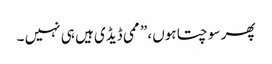
پھر سوچتا ہوں ،” ممی ڈیڈی ہیں ہی نہیں ۔